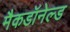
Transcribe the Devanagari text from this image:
मैकडॉनेल्ड